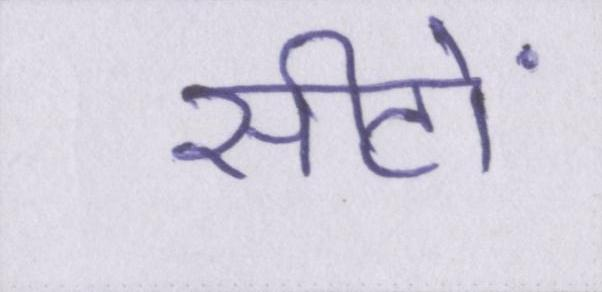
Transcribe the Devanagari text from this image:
सीटों